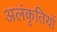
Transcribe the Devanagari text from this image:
अलंकृतियों